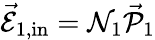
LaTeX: \vec{\mathcal{E}}_{1,\mathrm{{in}}}=\mathcal{N}_{1}\vec{\mathcal{P}}_{1}